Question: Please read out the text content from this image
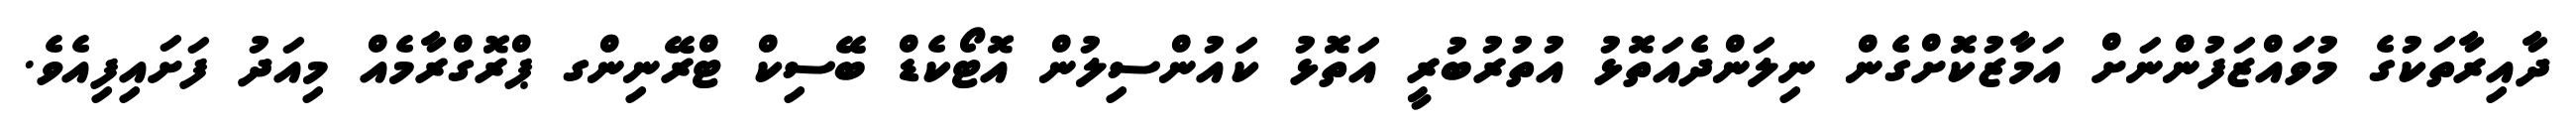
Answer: ދާއިރާތަކުގެ މުވައްޒަފުންނަށް އަމާޒުކޮށްގެން ނިލަންދެއަތޮޅު އުތުރުބުރީ އަތޮޅު ކައުންސިލުން އޮޓޯކެޑް ބޭސިކް ޓްރޭނިންގ ޕްރޮގްރާމެއް މިއަދު ފަށައިފިއެވެ.